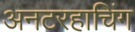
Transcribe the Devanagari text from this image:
अनटरहाचिंग